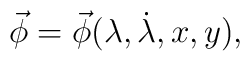
\vec\phi=\vec\phi(\lambda, \dot\lambda, x, y),